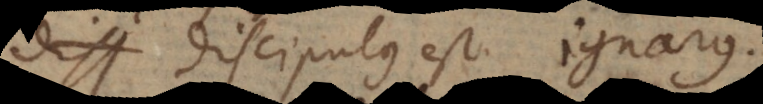
discipulus est ignarus.